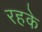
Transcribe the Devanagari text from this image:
रहके